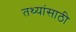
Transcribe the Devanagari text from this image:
तथ्यांसाठी